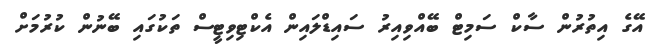
އޭގެ އިތުރުން ސާކް ސަމިޓް ބޭއްވިއިރު ސައިޑްލައިން އެކްޓިވިޓީސް ތަކުގައި ބޭނުން ކުރުމަށް